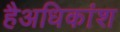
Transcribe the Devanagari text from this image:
हैअधिकांश